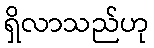
ရှိလာသည်ဟု